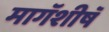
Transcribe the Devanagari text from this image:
मागॅशीषॅ